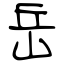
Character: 岳